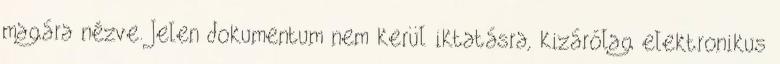
magára nézve. Jelen dokumentum nem kerül iktatásra, kizárólag elektronikus